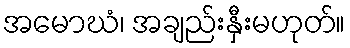
အမောဃံ၊ အချည်းနှီးမဟုတ်။